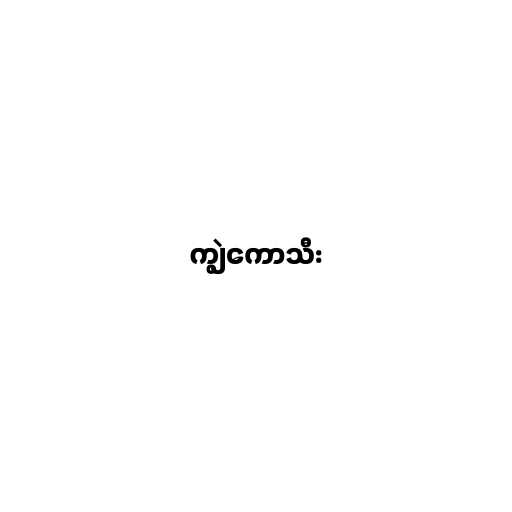
ကျွဲကောသီး